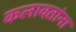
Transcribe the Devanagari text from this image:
कलावतांना